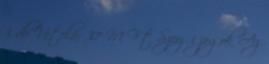
3 db Vételár 37 M Ft Szerzői jogok Az